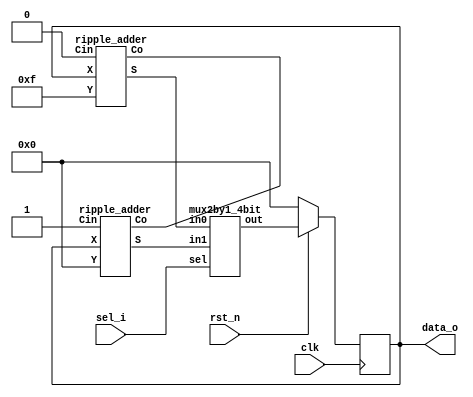
module counter(clk, rst_n, sel_i, data_o);
  input	clk;
  input	rst_n;
  input	sel_i;
  output [3:0] data_o;

	reg [3:0] counter_q;
	wire [3:0] counter_up;
	wire [3:0] counter_down;
	wire [3:0] counter_d;

	ripple_adder count_up (.X(counter_q), .Y(4'b0000), .Cin(1'b1), .Co(), .S(counter_up));
	ripple_adder count_down (.X(counter_q), .Y(4'b1111), .Cin(1'b0), .Co(), .S(counter_down));
	mux2by1_4bit mux (.in0(counter_down), .in1(counter_up), .sel(sel_i), .out(counter_d));

 always@(posedge clk) begin
	if (!rst_n)
		counter_q <= 4'b0000;
	else 
      counter_q <= counter_d; 
	end
assign data_o = counter_q;
endmodule 

//////////////         module mux 4 bit from mux 2 input 3 bit        ////////////
module mux2by1_4bit(in0, in1, sel, out);
	input [3:0]in0;
   input [3:0]in1;
   input sel;
   output [3:0]out;
   // sel =1 lay in1
   mux2by1 mux0(in0[0],in1[0],sel,out[0]);
   mux2by1 mux1(in0[1],in1[1],sel,out[1]);
   mux2by1 mux2(in0[2],in1[2],sel,out[2]);
   mux2by1 mux3(in0[3],in1[3],sel,out[3]);
endmodule // mux2to1_8

/////////////////    module mux 2 - 1 bit         ////////////
module mux2by1(D0,D1,S,Y);
  input D0;
  input D1;
  input S;
  output Y;

  wire w1,w2,w3;
  
  assign w1 = ~S;
  assign w2 = D0 & w1;
  assign w3 = D1 & S;
  assign Y = w2 | w3;
endmodule 

//////////////////   ripple_adder  /////////////////
module ripple_adder(X, Y, S, Co, Cin);
	input [3:0] X, Y;// Two 4-bit inputs
	input Cin;
	output [3:0] S;
	output Co;

	wire w1,w2,w3;
 // instantiating 4 1-bit full adders in Verilog
	fulladder u1(.X(X[0]), .Y(Y[0]), .Ci(Cin), .S(S[0]), .Co(w1));
	fulladder u2(.X(X[1]), .Y(Y[1]), .Ci(w1), .S(S[1]), .Co(w2));
	fulladder u3(.X(X[2]), .Y(Y[2]), .Ci(w2), .S(S[2]), .Co(w3));
	fulladder u4(.X(X[3]), .Y(Y[3]), .Ci(w3), .S(S[3]), .Co(Co));
endmodule 

///////////////// full adder   ///////////////
module fulladder(X,Y,Ci,S,Co);
	input X, Y, Ci;
	output S, Co;
  
	assign S = X ^ Y ^ Ci;
	assign Co = (X&Y)|(X&Ci)|(Y&Ci);
	
endmodule